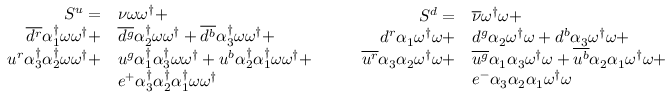
\begin{array} { r l } { S ^ { u } = } & { { \nu } \omega \omega ^ { \dagger } + } \\ { \overline { { d ^ { r } } } { \alpha _ { 1 } ^ { \dagger } } \omega \omega ^ { \dagger } + } & { \overline { { d ^ { g } } } { \alpha _ { 2 } ^ { \dagger } } \omega \omega ^ { \dagger } + \overline { { d ^ { b } } } { \alpha _ { 3 } ^ { \dagger } } \omega \omega ^ { \dagger } + } \\ { u ^ { r } { \alpha _ { 3 } ^ { \dagger } } { \alpha _ { 2 } ^ { \dagger } } \omega \omega ^ { \dagger } + } & { u ^ { g } { \alpha _ { 1 } ^ { \dagger } } { \alpha _ { 3 } ^ { \dagger } } \omega \omega ^ { \dagger } + u ^ { b } { \alpha _ { 2 } ^ { \dagger } } { \alpha _ { 1 } ^ { \dagger } } \omega \omega ^ { \dagger } + } \\ & { e ^ { + } { \alpha _ { 3 } ^ { \dagger } } { \alpha _ { 2 } ^ { \dagger } } { \alpha _ { 1 } ^ { \dagger } } \omega \omega ^ { \dagger } } \end{array} \qquad \begin{array} { r l } { S ^ { d } = } & { { \overline { { \nu } } } \omega ^ { \dagger } \omega + } \\ { { d } ^ { r } { \alpha _ { 1 } } \omega ^ { \dagger } \omega + } & { { d } ^ { g } { \alpha _ { 2 } } \omega ^ { \dagger } \omega + { d } ^ { b } { \alpha _ { 3 } } \omega ^ { \dagger } \omega + } \\ { \overline { { u ^ { r } } } { \alpha _ { 3 } } { \alpha _ { 2 } } \omega ^ { \dagger } \omega + } & { \overline { { u ^ { g } } } { \alpha _ { 1 } } { \alpha _ { 3 } } \omega ^ { \dagger } \omega + \overline { { u ^ { b } } } { \alpha _ { 2 } } { \alpha _ { 1 } } \omega ^ { \dagger } \omega + } \\ & { e ^ { - } { \alpha _ { 3 } } { \alpha _ { 2 } } { \alpha _ { 1 } } \omega ^ { \dagger } \omega } \end{array}